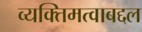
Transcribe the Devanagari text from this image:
व्यक्तिमत्वाबद्दल